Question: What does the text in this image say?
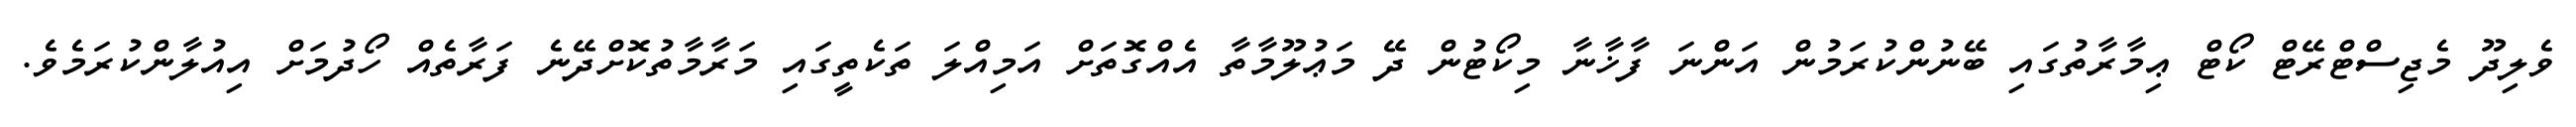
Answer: ވެލިދޫ މެޖިސްޓްރޭޓް ކޯޓް ޢިމާރާތުގައި ބޭނުންކުރަމުން އަންނަ ފާޚާނާ މިކޯޓުން ދޭ މަޢުލޫމާތާ އެއްގޮތަށް އަމިއްލަ ތަކެތީގައި މަރާމާތުކޮށްދޭނެ ފަރާތެއް ހޯދުމަށް އިއުލާންކުރަމެވެ.